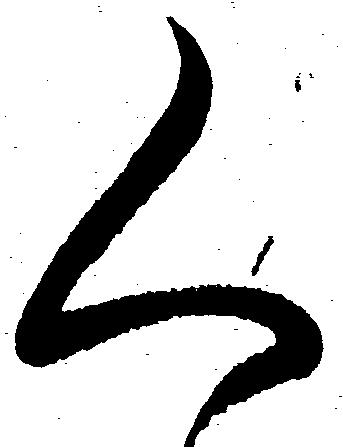
く